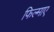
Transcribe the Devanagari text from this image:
फिल्‍माए